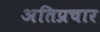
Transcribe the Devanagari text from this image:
अतिप्रचार